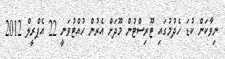
ނިވާކަން ކުޑަ ހެދުމުގައި ޓޫރިސްޓުން މޫދަށް އެރުން ހުއްޓުވަނީ 22 އެޕްރީލް 2012